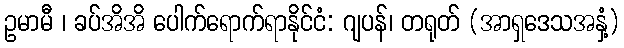
ဥမာမီ ၊ ခပ်အိအိ ပေါက်ရောက်ရာနိုင်ငံ: ဂျပန်၊ တရုတ် (အာရှဒေသအနှံ့)